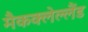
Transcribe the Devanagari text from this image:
मैकक्लेल्लैंड